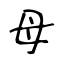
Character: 母